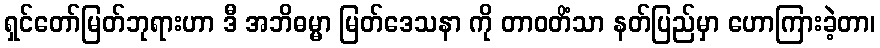
ရှင်တော်မြတ်ဘုရားဟာ ဒီ အဘိဓမ္မာ မြတ်ဒေသနာ ကို တာဝတိံသာ နတ်ပြည်မှာ ဟောကြားခဲ့တာ၊